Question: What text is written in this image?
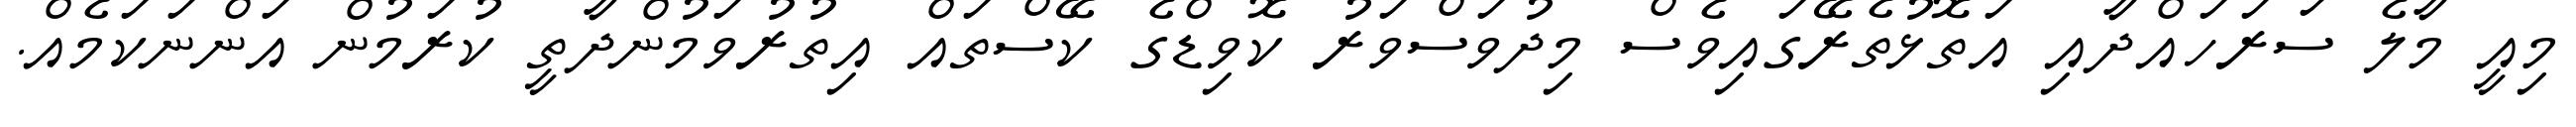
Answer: މިއީ މާލެ ސަރަހައްދާއި އަތޮޅުތެރޭގައިވެސް މިދުވަސްވަރު ކޮވިޑްގެ ކޭސްތައް އިތުރުވަމުންދާތީ ކުރަމުން އަންނަކަމެއް.